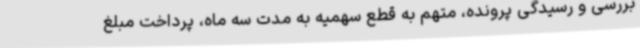
بررسی و رسیدگی پرونده، متهم به قطع سهمیه به مدت سه ماه، پرداخت مبلغ